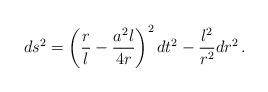
LaTeX: \begin{align*}ds^2 = \left(\frac rl - \frac{a^2l}{4r}\right)^2 dt^2 - \frac{l^2}{r^2} dr^2\,.\end{align*}